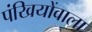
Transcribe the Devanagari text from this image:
पंखियोंवाला